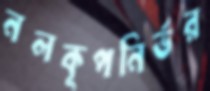
নলকূপনির্ভর